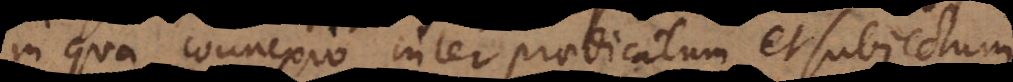
in qua connexio inter praedicatum et subjectum